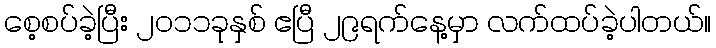
စေ့စပ်ခဲ့ပြီး ၂ဝ၁၁ခုနှစ် ဧပြီ ၂၉ရက်နေ့မှာ လက်ထပ်ခဲ့ပါတယ်။